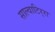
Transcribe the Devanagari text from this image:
साल्वाटिर्‍रा